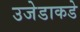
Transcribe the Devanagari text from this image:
उजेडाकडे